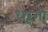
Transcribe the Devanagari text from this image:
धरूगी